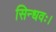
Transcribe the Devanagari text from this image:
सिन्धवः।